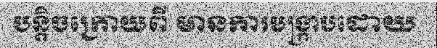
បន្តិចក្រោយពី មានការបង្ក្រាបដោយ